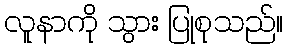
လူနာကို သွား ပြုစုသည်။